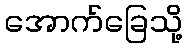
အောက်ခြေသို့